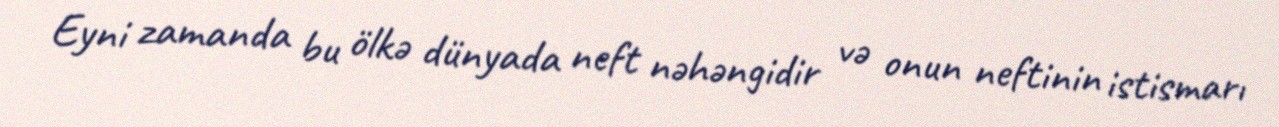
Eyni zamanda bu ölkə dünyada neft nəhəngidir və onun neftinin istismarı